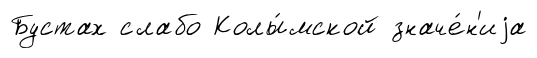
Бустах слабо Колы́мской значе́н'иjа